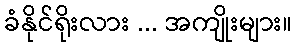
ခံနိုင်ရိုးလား ... အကျိုးများ။